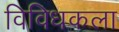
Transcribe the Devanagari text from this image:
विविधकला